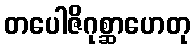
တပေါဇိဂုစ္ဆာဟေတု